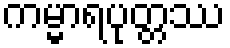
ကမ္မာရပုတ္တဿ